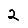
Digit: 2